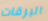
اليرقات